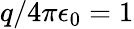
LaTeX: q/4\pi\epsilon_{0}=1